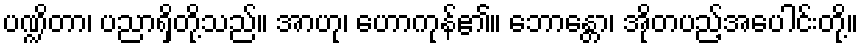
ပဏ္ဍိတာ၊ ပညာရှိတို့သည်။ အာဟု၊ ဟောကုန်၏။ ဘောန္တော၊ အိုတပည့်အပေါင်းတို့။